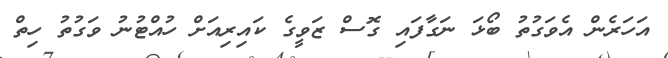
އަހަރެން އެވަގުތު ބޯޅަ ނަގާފައި ގޮސް ޒަވީގެ ކައިރިއަށް ހުއްޓުނު ވަގުތު ހިތް